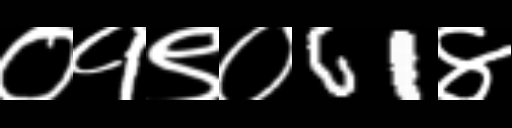
Text: ०१९०61४